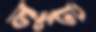
লুটু